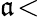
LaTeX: \mathfrak{a}\! <